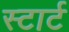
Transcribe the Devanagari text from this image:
स्‍टार्ट